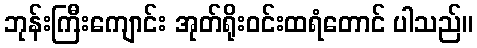
ဘုန်းကြီးကျောင်း အုတ်ရိုးဝင်းထရံတောင် ပါသည်။